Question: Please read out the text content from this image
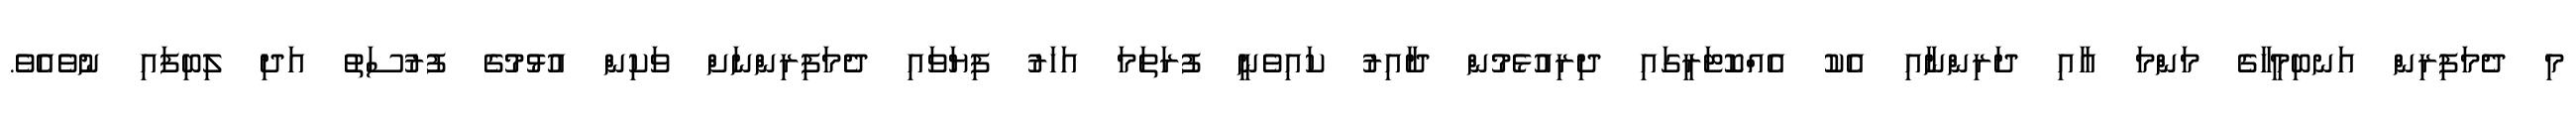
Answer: މި ދެމަފިރިން އަނބިމީހާގެ މަންމަ އާއި ދަރިންނާއި އެކު އެއްކޮޓަރީގައި ދިރިއުޅެމުން ދާއިރު ކައިވެނީ ފުރަތަމަ އަހަރު ފިޔަވައި ދެމަފިރިންނަށް ވަކިން އުޅުމުގެ ފުރުސަތު އަދި ލިބިފައި ނުވެއެވެ.